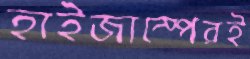
হাইজাম্পেরই